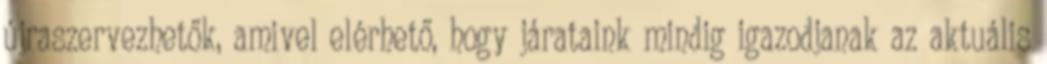
újraszervezhetők, amivel elérhető, hogy járataink mindig igazodjanak az aktuális